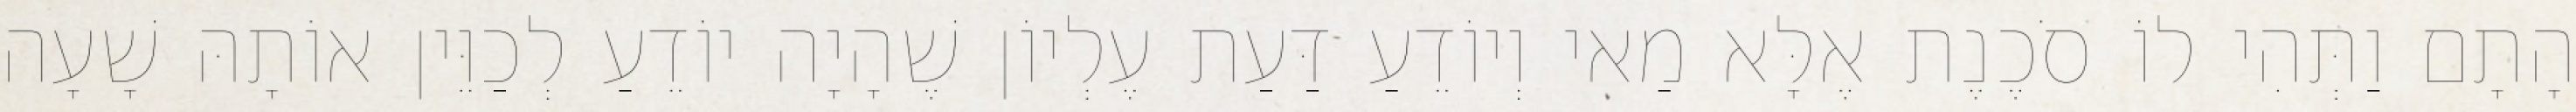
הָתָם וַתְּהִי לוֹ סֹכֶנֶת אֶלָּא מַאי וְיוֹדֵעַ דַּעַת עֶלְיוֹן שֶׁהָיָה יוֹדֵעַ לְכַוֵּין אוֹתָהּ שָׁעָה